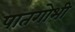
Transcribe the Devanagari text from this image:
पातगोभी